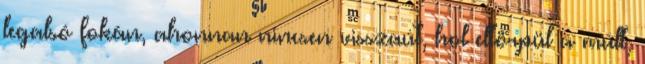
legalsó fokán, ahonnan nincsen visszaút, hol eltörpül a múlt,